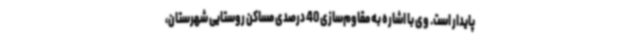
پایدار است. وی با اشاره به مقاوم‌سازی 40 درصدی مساکن روستایی شهرستان،